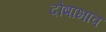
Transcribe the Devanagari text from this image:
दोषाभाव